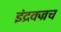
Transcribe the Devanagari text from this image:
इंद्रवज्रच